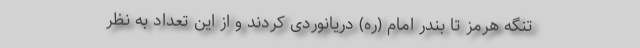
تنگه هرمز تا بندر امام (ره) دریانوردی کردند و از این تعداد به نظر